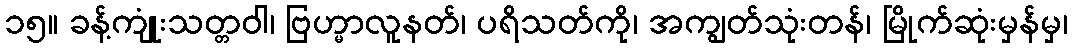
၁၅။ ခန့်ကျုံးသတ္တဝါ၊ ဗြဟ္မာလူနတ်၊ ပရိသတ်ကို၊ အကျွတ်သုံးတန်၊ မြိုက်ဆုံးမှန်မှ၊